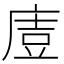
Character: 𭙤